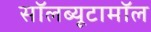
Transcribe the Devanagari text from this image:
सॉलब्यूटामॉल